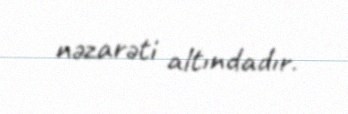
nəzarəti altındadır.